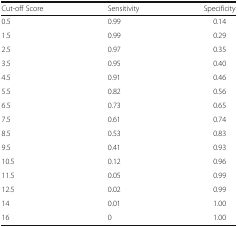
<table><thead><tr><td><b>Cut-off Score</b></td><td><b>Sensitivity</b></td><td><b>Specificity</b></td></tr></thead><tbody><tr><td>0.5</td><td>0.99</td><td>0.14</td></tr><tr><td>1.5</td><td>0.99</td><td>0.29</td></tr><tr><td>2.5</td><td>0.97</td><td>0.35</td></tr><tr><td>3.5</td><td>0.95</td><td>0.40</td></tr><tr><td>4.5</td><td>0.91</td><td>0.46</td></tr><tr><td>5.5</td><td>0.82</td><td>0.56</td></tr><tr><td>6.5</td><td>0.73</td><td>0.65</td></tr><tr><td>7.5</td><td>0.61</td><td>0.74</td></tr><tr><td>8.5</td><td>0.53</td><td>0.83</td></tr><tr><td>9.5</td><td>0.41</td><td>0.93</td></tr><tr><td>10.5</td><td>0.12</td><td>0.96</td></tr><tr><td>11.5</td><td>0.05</td><td>0.99</td></tr><tr><td>12.5</td><td>0.02</td><td>0.99</td></tr><tr><td>14</td><td>0.01</td><td>1.00</td></tr><tr><td>16</td><td>0</td><td>1.00</td></tr></tbody></table>